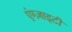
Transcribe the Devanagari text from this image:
एंग्ज़ाइटी